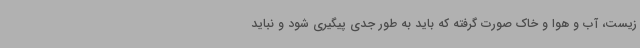
زیست، آب و هوا و خاک صورت گرفته که باید به طور جدی پیگیری شود و نباید